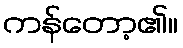
ကန်တော့၏။